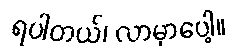
ရပါတယ်၊ လာမှာပေါ့။